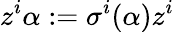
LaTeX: z^{i}\alpha:=\sigma^{i}(\alpha)z^{i}